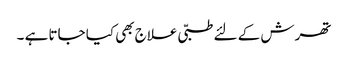
تھرش کے لئے طبّی علاج بھی کیا جاتا ہے ۔